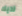
لديك